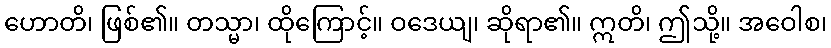
ဟောတိ၊ ဖြစ်၏။ တသ္မာ၊ ထိုကြောင့်။ ဝဒေယျ၊ ဆိုရာ၏။ ဣတိ၊ ဤသို့။ အဝေါစ၊